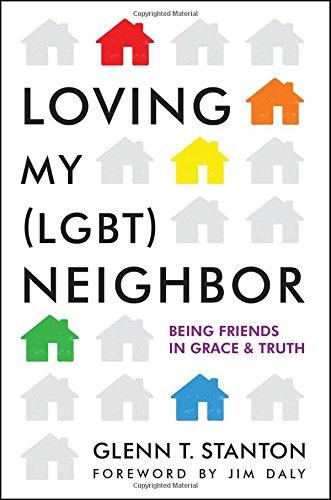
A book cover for Loving My (LGBT) Neighbor: Being Friends in Grace and Truth; Glenn T. Stanton; Gay & Lesbian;